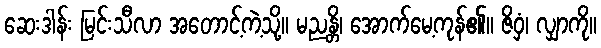
ဆေးဒါန်း မြင်းသီလာ အတောင့်ကဲ့သို့။ မညန္တိ၊ အောက်မေ့ကုန်၏။ ဇိဝှံ၊ လျှာကို။